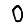
Digit: 0